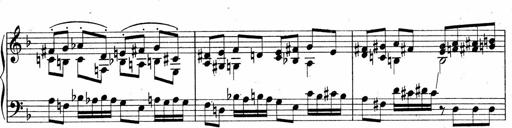
Title: Sonatina No.5
Composer: Otto Stoll
Key: F-sharp minor